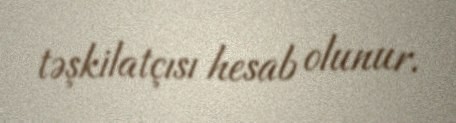
təşkilatçısı hesab olunur.